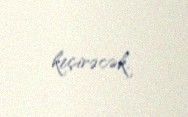
keçirəcək.